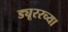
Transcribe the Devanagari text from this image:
ड्यूररच्या